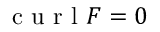
\normalfont { \mathrm { ~ c ~ u ~ r ~ l ~ } } F = 0